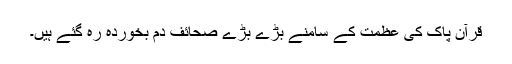
قرآن پاک کی عظمت کے سامنے بڑے بڑے صحائف دم بخوردہ رہ گئے ہیں۔